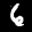
Label: 6